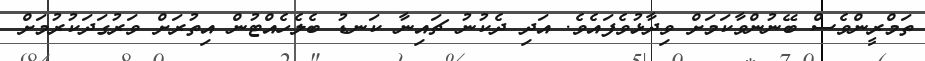
ތަމްރީންވެސް ބޭނުންވާކަމަށް ވިދާޅުވެފައެވެ. އަދި ދެކުނު ޗައިނާ ކަނޑު ބެލެހެއްޓުން އިތުރަށް ވަރުގަދަކުރުމަށް